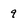
Character: q